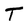
Character: T